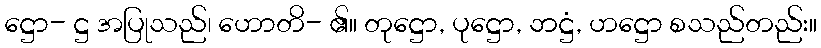
ဋ္ဌော- ဋ္ဌ အပြုသည်၊ ဟောတိ- ၏။ တုဋ္ဌော, ပုဋ္ဌော, ဘဋ္ဌံ, ဟဋ္ဌော စသည်တည်း။